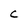
Character: C